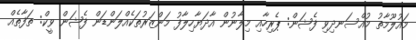
މައުލޫމާތު މުއްސަނދިވި ފެޝަން: ޕެރިހާއި މިލާނުން އާދަޔާހިލާފު މަންޒަރުތަކެއްލަންޑަން ފެޝަން ވީކް: ތަފާތެއް